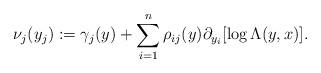
LaTeX: \begin{align*} \nu_j(y_j) := \gamma_j(y) + \sum_{i = 1}^n \rho_{ij}(y) \partial_{y_i}[\log \Lambda(y, x)].\end{align*}